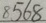
8 5 6 8